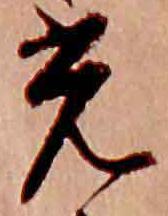
光